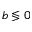
b \lessgtr 0